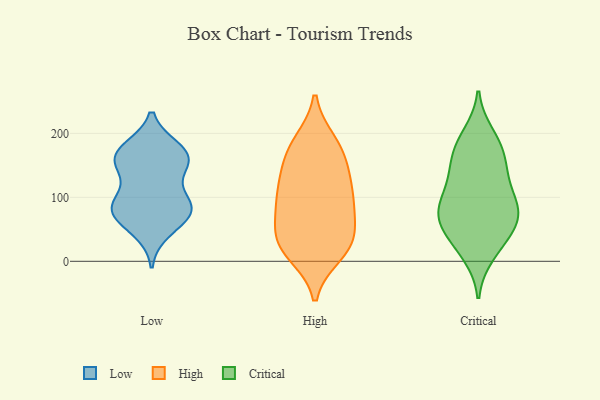
{"axis": {"x": "Page Views", "y": "Value"}, "legend": ["Critical", "High", "Low"], "data": [{"x": "", "y": 79, "type": "Low"}, {"x": "", "y": 173, "type": "Low"}, {"x": "", "y": 164, "type": "Low"}, {"x": "", "y": 154, "type": "Low"}, {"x": "", "y": 150, "type": "Low"}, {"x": "", "y": 175, "type": "Low"}, {"x": "", "y": 82, "type": "Low"}, {"x": "", "y": 48, "type": "Low"}, {"x": "", "y": 74, "type": "Low"}, {"x": "", "y": 157, "type": "Low"}, {"x": "", "y": 99, "type": "Low"}, {"x": "", "y": 92, "type": "Low"}, {"x": "", "y": 76, "type": "Low"}, {"x": "", "y": 29, "type": "High"}, {"x": "", "y": 134, "type": "High"}, {"x": "", "y": 28, "type": "High"}, {"x": "", "y": 77, "type": "High"}, {"x": "", "y": 182, "type": "High"}, {"x": "", "y": 22, "type": "High"}, {"x": "", "y": 97, "type": "High"}, {"x": "", "y": 150, "type": "High"}, {"x": "", "y": 171, "type": "High"}, {"x": "", "y": 105, "type": "High"}, {"x": "", "y": 186, "type": "High"}, {"x": "", "y": 28, "type": "High"}, {"x": "", "y": 83, "type": "High"}, {"x": "", "y": 12, "type": "High"}, {"x": "", "y": 119, "type": "High"}, {"x": "", "y": 57, "type": "High"}, {"x": "", "y": 53, "type": "Critical"}, {"x": "", "y": 119, "type": "Critical"}, {"x": "", "y": 77, "type": "Critical"}, {"x": "", "y": 60, "type": "Critical"}, {"x": "", "y": 88, "type": "Critical"}, {"x": "", "y": 158, "type": "Critical"}, {"x": "", "y": 41, "type": "Critical"}, {"x": "", "y": 87, "type": "Critical"}, {"x": "", "y": 178, "type": "Critical"}, {"x": "", "y": 182, "type": "Critical"}, {"x": "", "y": 197, "type": "Critical"}, {"x": "", "y": 81, "type": "Critical"}, {"x": "", "y": 11, "type": "Critical"}, {"x": "", "y": 76, "type": "Critical"}, {"x": "", "y": 135, "type": "Critical"}, {"x": "", "y": 141, "type": "Critical"}, {"x": "", "y": 23, "type": "Critical"}]}